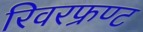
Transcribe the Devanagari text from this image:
रिवरफ्रण्ट